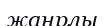
жанрлы